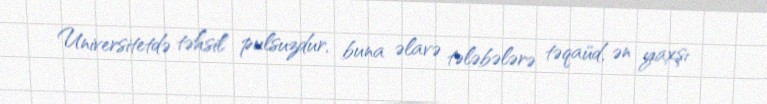
Universitetdə təhsil pulsuzdur, buna əlavə tələbələrə təqaüd, ən yaxşı